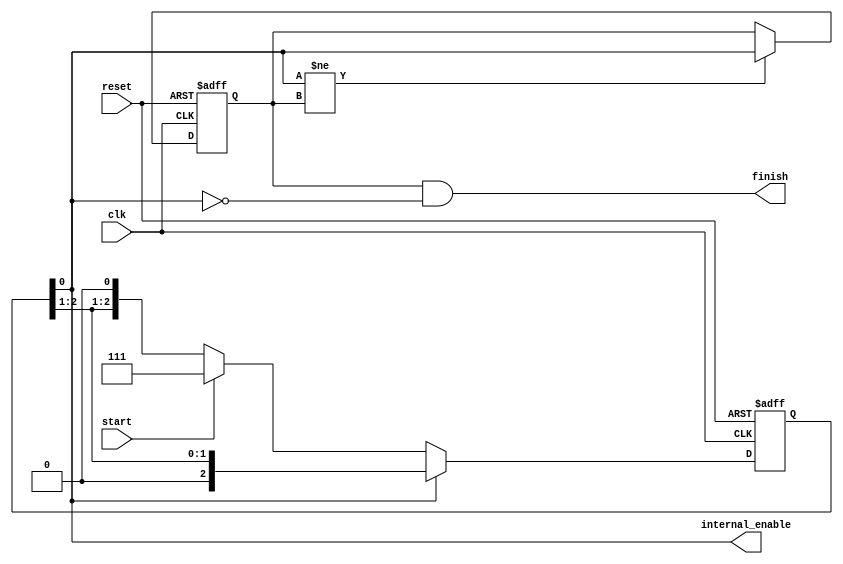
/******************************************************************************
*
* Module: CtrlShiftRegister
*
*
* Description: Shift register used to generate enable signal for # clk cycles
*
******************************************************************************/

module CtrlShiftRegister #(parameter CLK_CYCLES =3) (

    input clk,
    input reset,
    input start,
    output internal_enable,
    output finish

);
    
 reg [CLK_CYCLES -1 :0] shiftReg;
//else
//   reg shiftReg ;
//endgenerate

reg internal_enable_delayed ;

generate 
if ( CLK_CYCLES >=3) 
 always @(posedge clk ,posedge reset) begin
    if (reset) begin
        shiftReg <= { {CLK_CYCLES}{1'b0} };
    end
    else if ( internal_enable == 1'b1 )
    begin
        shiftReg <= {1'b0,shiftReg[CLK_CYCLES-1:1]};
    end
    else if (start) begin
        shiftReg <= { {CLK_CYCLES}{1'b1} };
    end
    
 end
else if (CLK_CYCLES ==2) 
 always @(posedge clk ,posedge reset) begin
    if (reset) begin
        shiftReg <= { {CLK_CYCLES}{1'b0} };
    end
    else if ( internal_enable == 1'b1 )begin
        shiftReg <= {1'b0,shiftReg[1]};
    end
    else if (start) begin
        shiftReg <= { {CLK_CYCLES}{1'b1}  };
    end
 end
else if (CLK_CYCLES ==1) 
 always @(posedge clk ,posedge reset) begin
    if (reset) begin
        shiftReg <= { {CLK_CYCLES}{1'b0} };
    end
    else if ( internal_enable == 1'b1 )begin
        shiftReg <= {1'b0};
    end
    else if (start) begin
        shiftReg <= { {CLK_CYCLES}{1'b1}  };
    end
   
end

endgenerate

always @(posedge clk ,posedge reset) begin
    if (reset)
        internal_enable_delayed <= 1'b0;
    else if (internal_enable != internal_enable_delayed)
        internal_enable_delayed <= internal_enable;
end

assign internal_enable = shiftReg[0]; 
// Finish is pulse when the internal enable change from 0 to 1
assign finish = internal_enable_delayed & (!internal_enable);

endmodule